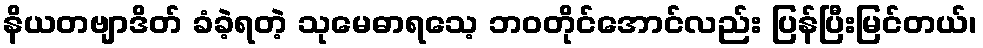
နိယတဗျာဒိတ် ခံခဲ့ရတဲ့ သုမေဓာရသေ့ ဘဝတိုင်အောင်လည်း ပြန်ပြီးမြင်တယ်၊